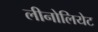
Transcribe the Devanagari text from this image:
लीनोलियेट